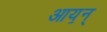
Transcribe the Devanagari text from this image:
आय॒न्